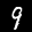
Label: 9